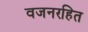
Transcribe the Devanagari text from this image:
वजनरहित